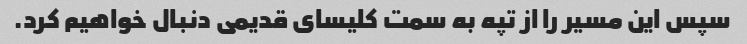
سپس این مسیر را از تپه به سمت کلیسای قدیمی دنبال خواهیم کرد.